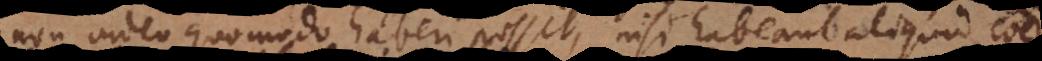
non video quomodo haberi possit, nisi habeant aliquid commune